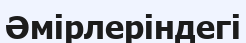
Әмірлеріндегі